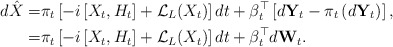
\begin{align*}d\hat{X} = & \pi_t \left[ -i \left[X_t,H_t\right] + \mathcal{L}_L(X_t)\right] dt+ \beta_t^{\top} \left[d\mathbf{Y}_t - \pi_t \left(d\mathbf{Y}_t\right)\right],\\ = & \pi_t \left[ -i \left[X_t,H_t\right] + \mathcal{L}_L(X_t)\right] dt+ \beta_t^{\top} d\mathbf{W}_t.\end{align*}